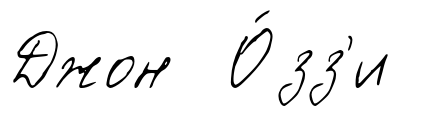
Джон О́зз'и